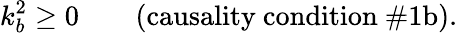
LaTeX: k_{b}^{2}\ge 0\qquad\mathrm{(causality~condition~\# 1b).}